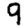
Digit: 9